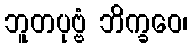
ဘူတပုဗ္ဗံ ဘိက္ခဝေ၊